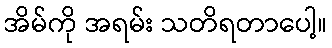
အိမ်ကို အရမ်း သတိရတာပေါ့။